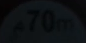
70m